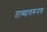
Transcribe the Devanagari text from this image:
ताब्यावरूनच